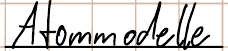
Atommodelle